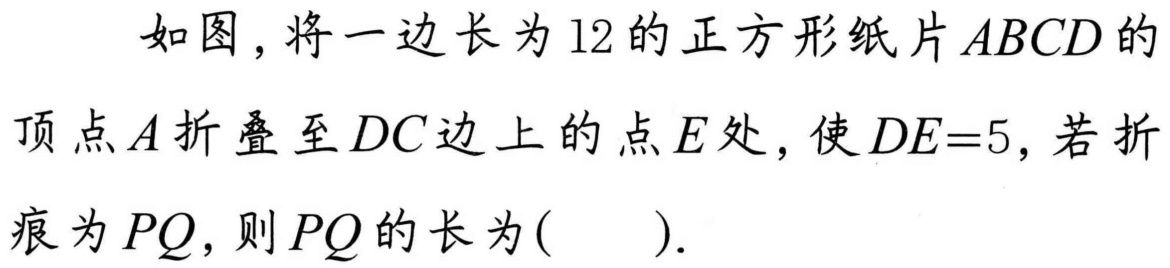
如图，将一边长为 \(12\) 的正方形纸片 \(ABCD\) 的顶点 \(A\) 折叠至 \(DC\) 边上的点 \(E\) 处，使 \(DE = 5\)，若折痕为 \(PQ\)，则 \(PQ\) 的长为( ).